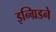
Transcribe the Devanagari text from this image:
इन्ग्रिडने